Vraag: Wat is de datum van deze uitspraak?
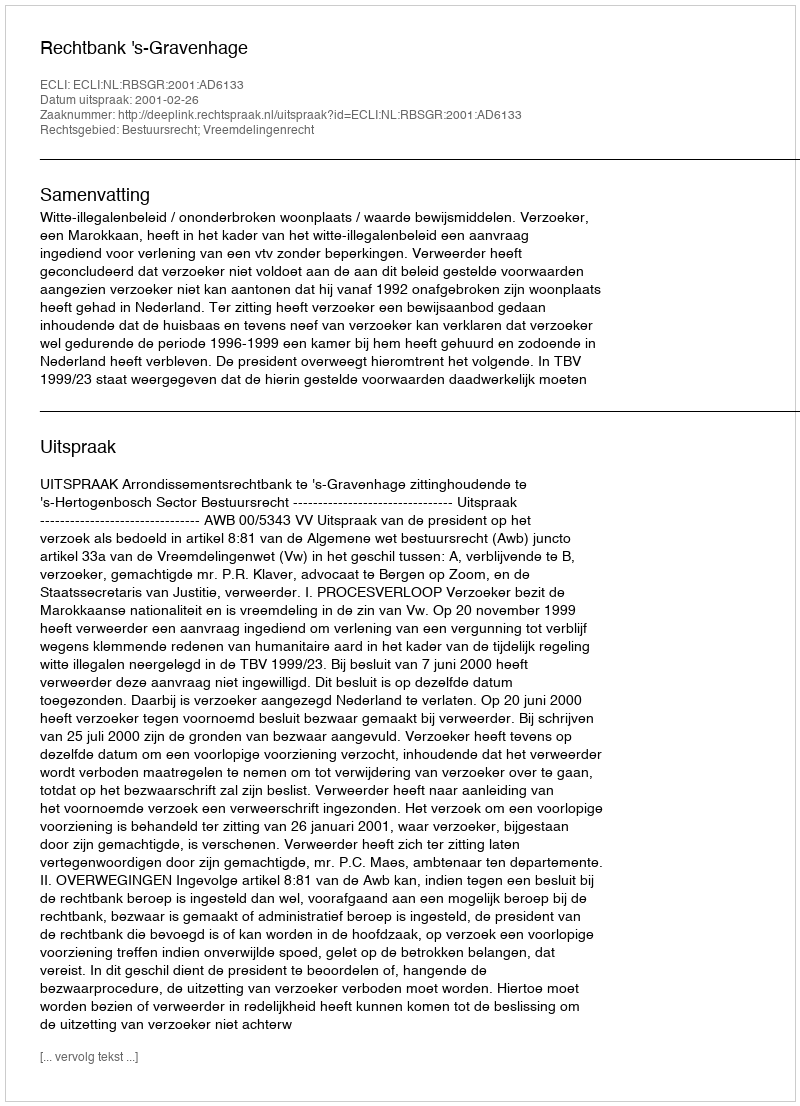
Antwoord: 2001-02-26